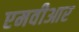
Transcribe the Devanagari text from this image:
एमवीआर